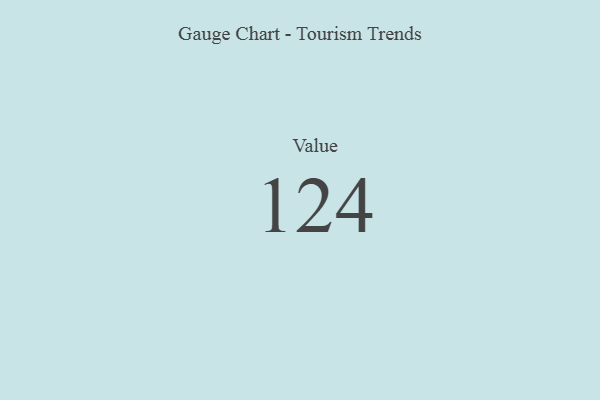
{"axis": {"x": "Metric", "y": "Value"}, "legend": [""], "data": [{"x": "Value", "y": 124, "type": ""}]}